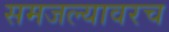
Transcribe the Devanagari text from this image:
समजल्यावरच